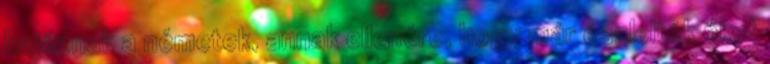
hajóznak a németek, annak ellenére, hogy már észlelték őket